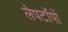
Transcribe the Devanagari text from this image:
लैपटॉपों